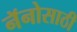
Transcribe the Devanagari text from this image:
नॅनोसाठी